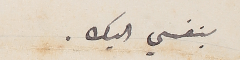
بنفسي اليك.